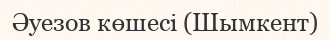
Әуезов көшесі (Шымкент)